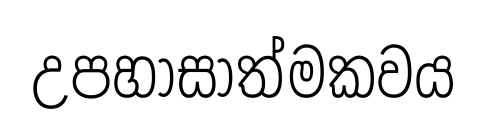
උපහාසාත්මකවය